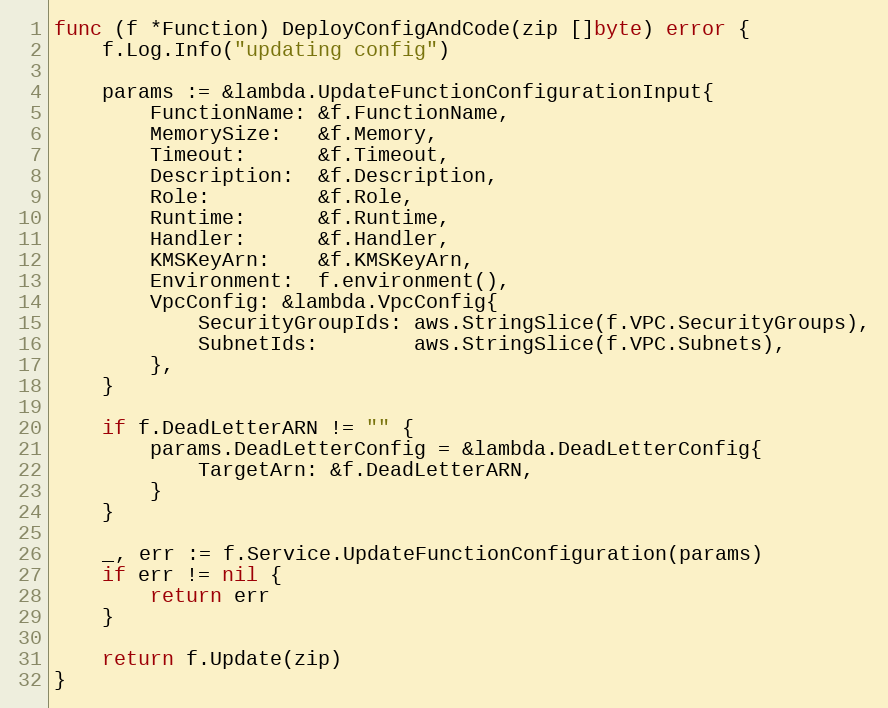
Language: Go
func (f *Function) DeployConfigAndCode(zip []byte) error {
	f.Log.Info("updating config")

	params := &lambda.UpdateFunctionConfigurationInput{
		FunctionName: &f.FunctionName,
		MemorySize:   &f.Memory,
		Timeout:      &f.Timeout,
		Description:  &f.Description,
		Role:         &f.Role,
		Runtime:      &f.Runtime,
		Handler:      &f.Handler,
		KMSKeyArn:    &f.KMSKeyArn,
		Environment:  f.environment(),
		VpcConfig: &lambda.VpcConfig{
			SecurityGroupIds: aws.StringSlice(f.VPC.SecurityGroups),
			SubnetIds:        aws.StringSlice(f.VPC.Subnets),
		},
	}

	if f.DeadLetterARN != "" {
		params.DeadLetterConfig = &lambda.DeadLetterConfig{
			TargetArn: &f.DeadLetterARN,
		}
	}

	_, err := f.Service.UpdateFunctionConfiguration(params)
	if err != nil {
		return err
	}

	return f.Update(zip)
}